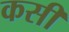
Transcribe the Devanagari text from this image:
कसीं